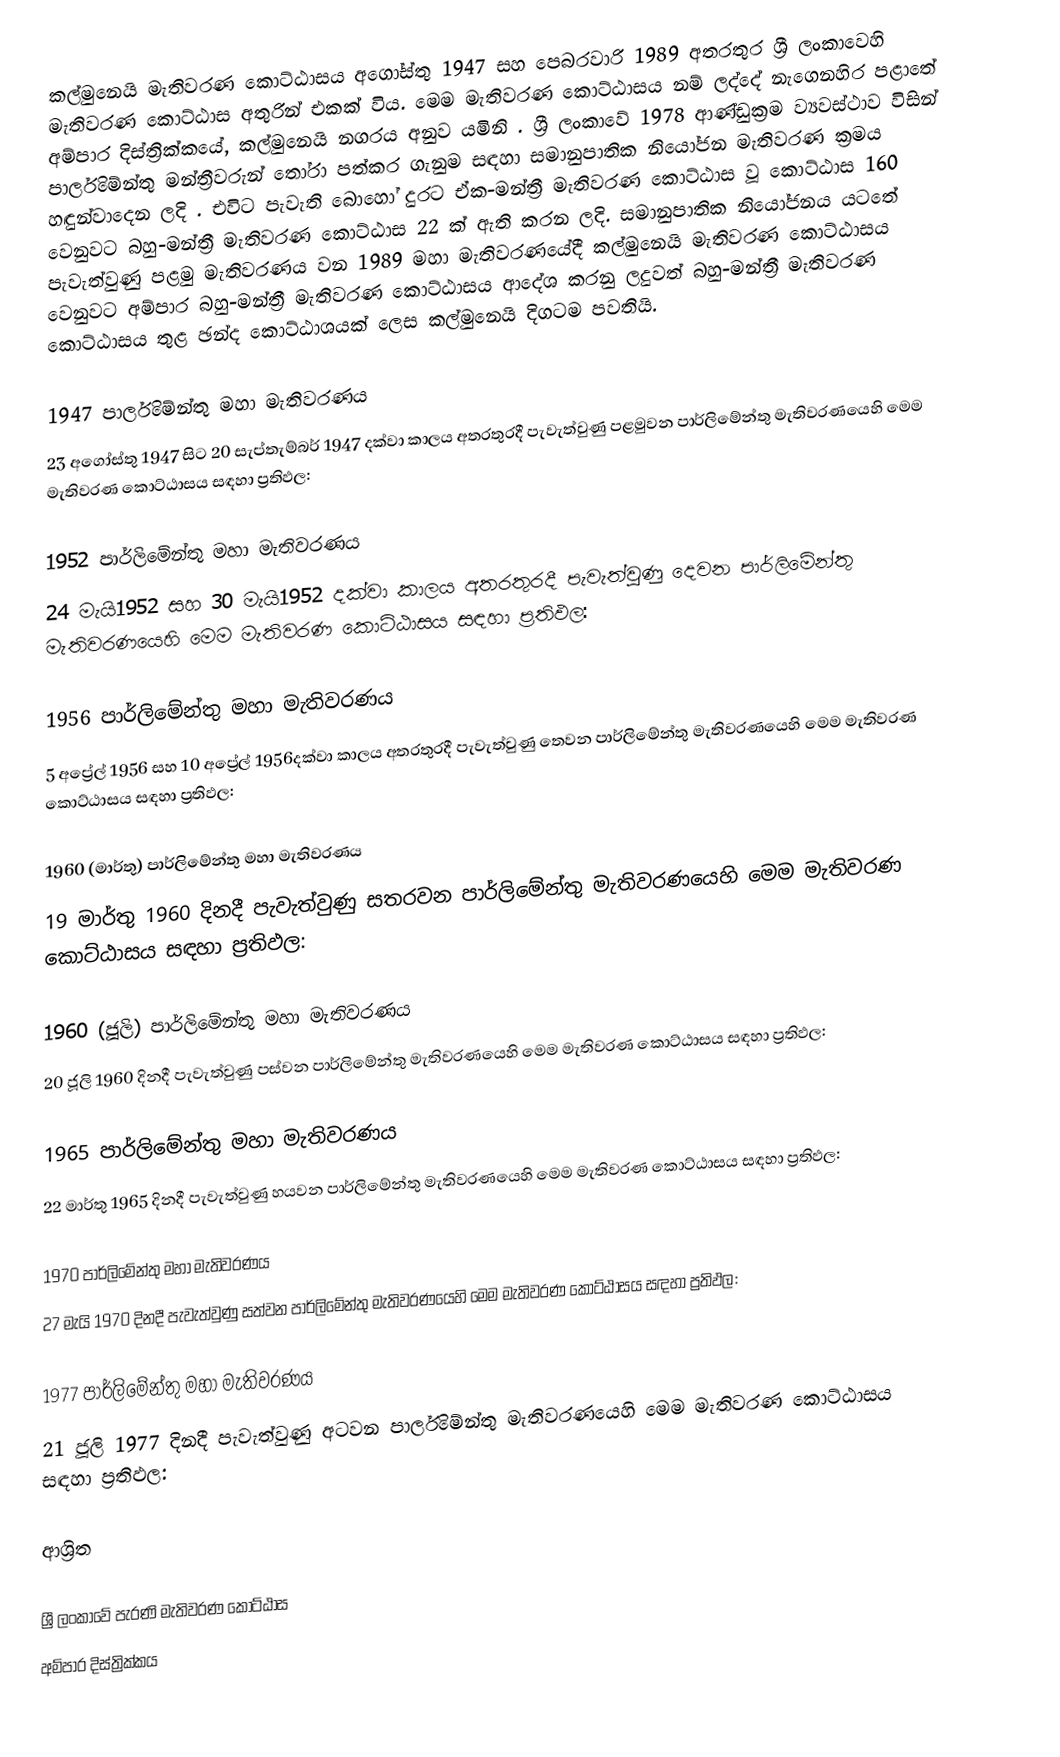
කල්මුනෙයි මැතිවරණ කොට්ඨාසය  අගෝස්තු 1947 සහ පෙබරවාරි 1989 අතරතුර  ශ්‍රී ලංකාවෙහි  මැතිවරණ කොට්ඨාස අතුරින් එකක් විය. මෙම මැතිවරණ කොට්ඨාසය නම් ලද්දේ  නැගෙනහිර පළාතේ  අම්පාර දිස්ත්‍රික්කයේ,  කල්මුනෙයි නගරය අනුව යමිනි . ශ්‍රී ලංකාවේ 1978 ආණ්ඩුක්‍රම ව්‍යවස්ථාව විසින්   පාර්ලිමේන්තු මන්ත්‍රීවරුන් තෝරා පත්කර ගැනුම සඳහා සමානුපාතික නියෝජන මැතිවරණ ක්‍රමය හඳුන්වාදෙන ලදි . එවිට පැවැති බොහෝ දුරට  ඒක-මන්ත්‍රී මැතිවරණ කොට්ඨාස වූ කොට්ඨාස 160 වෙනුවට බහු-මන්ත්‍රී මැතිවරණ කොට්ඨාස 22 ක් ඇති කරන ලදි. සමානුපාතික නියෝජනය යටතේ පැවැත්වුණු පළමු මැතිවරණය වන 1989 මහා මැතිවරණයේදී  කල්මුනෙයි මැතිවරණ කොට්ඨාසය වෙනුවට  අම්පාර බහු-මන්ත්‍රී මැතිවරණ කොට්ඨාසය  ආදේශ කරනු ලදුවත් බහු-මන්ත්‍රී මැතිවරණ කොට්ඨාසය තුළ ඡන්ද කොට්ඨාශයක් ලෙස කල්මුනෙයි දිගටම පවතියි.

1947 පාර්ලිමේන්තු මහා මැතිවරණය
23 අගෝස්තු 1947 සිට 20 සැප්තැම්බර් 1947 දක්වා කාලය අතරතුරදී පැවැත්වුණු  පළමුවන පාර්ලිමේන්තු මැතිවරණයෙහි මෙම මැතිවරණ කොට්ඨාසය සඳහා ප්‍රතිඵල:

1952 පාර්ලිමේන්තු මහා මැතිවරණය
24 මැයි1952 සහ 30 මැයි1952 දක්වා කාලය අතරතුරදී පැවැත්වුණු  දෙවන පාර්ලිමේන්තු මැතිවරණයෙහි මෙම මැතිවරණ කොට්ඨාසය සඳහා ප්‍රතිඵල:

1956 පාර්ලිමේන්තු මහා මැතිවරණය
5 අප්‍රේල් 1956 සහ 10 අප්‍රේල් 1956දක්වා කාලය අතරතුරදී පැවැත්වුණු  තෙවන පාර්ලිමේන්තු මැතිවරණයෙහි මෙම මැතිවරණ කොට්ඨාසය සඳහා ප්‍රතිඵල:

1960 (මාර්තු) පාර්ලිමේන්තු මහා මැතිවරණය
19 මාර්තු 1960 දිනදී පැවැත්වුණු  සතරවන පාර්ලිමේන්තු මැතිවරණයෙහි මෙම මැතිවරණ කොට්ඨාසය සඳහා ප්‍රතිඵල:

1960 (ජූලි) පාර්ලිමේන්තු මහා මැතිවරණය
20 ජූලි 1960 දිනදී පැවැත්වුණු  පස්වන පාර්ලිමේන්තු මැතිවරණයෙහි මෙම මැතිවරණ කොට්ඨාසය සඳහා ප්‍රතිඵල:

1965 පාර්ලිමේන්තු මහා මැතිවරණය
22 මාර්තු 1965  දිනදී පැවැත්වුණු  හයවන පාර්ලිමේන්තු මැතිවරණයෙහි මෙම මැතිවරණ කොට්ඨාසය සඳහා ප්‍රතිඵල:

1970 පාර්ලිමේන්තු මහා මැතිවරණය
27 මැයි 1970 දිනදී පැවැත්වුණු  සත්වන පාර්ලිමේන්තු මැතිවරණයෙහි මෙම මැතිවරණ කොට්ඨාසය සඳහා ප්‍රතිඵල:

1977 පාර්ලිමේන්තු මහා මැතිවරණය
21 ජූලි 1977 දිනදී පැවැත්වුණු  අටවන පාර්ලිමේන්තු මැතිවරණයෙහි මෙම මැතිවරණ කොට්ඨාසය සඳහා ප්‍රතිඵල:

ආශ්‍රිත

ශ්‍රී ලංකාවේ පැරණි මැතිවරණ කොට්ඨාස
අම්පාර දිස්ත්‍රික්කය